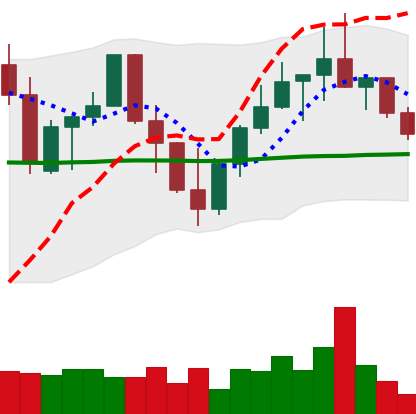
Ticker: LINK-USD
Chart end date: 2022-10-01
Forward return: 3.381%
Label: up_3_5